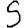
Digit: 5